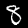
Digit: 8